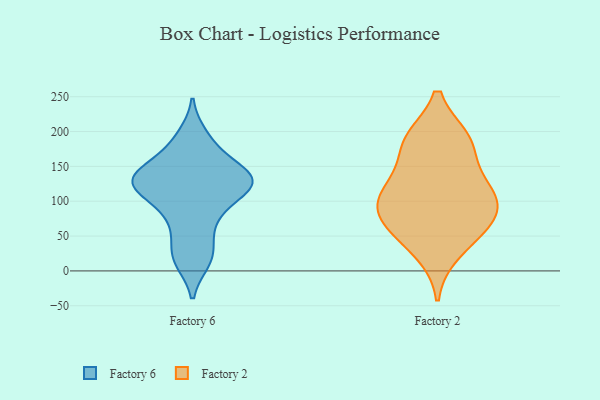
{"axis": {"x": "Conversion Rate (%)", "y": "Value"}, "legend": ["Factory 2", "Factory 6"], "data": [{"x": "", "y": 14, "type": "Factory 6"}, {"x": "", "y": 126, "type": "Factory 6"}, {"x": "", "y": 138, "type": "Factory 6"}, {"x": "", "y": 137, "type": "Factory 6"}, {"x": "", "y": 41, "type": "Factory 6"}, {"x": "", "y": 137, "type": "Factory 6"}, {"x": "", "y": 77, "type": "Factory 6"}, {"x": "", "y": 18, "type": "Factory 6"}, {"x": "", "y": 80, "type": "Factory 6"}, {"x": "", "y": 151, "type": "Factory 6"}, {"x": "", "y": 125, "type": "Factory 6"}, {"x": "", "y": 178, "type": "Factory 6"}, {"x": "", "y": 113, "type": "Factory 6"}, {"x": "", "y": 114, "type": "Factory 6"}, {"x": "", "y": 194, "type": "Factory 6"}, {"x": "", "y": 125, "type": "Factory 6"}, {"x": "", "y": 63, "type": "Factory 2"}, {"x": "", "y": 187, "type": "Factory 2"}, {"x": "", "y": 105, "type": "Factory 2"}, {"x": "", "y": 140, "type": "Factory 2"}, {"x": "", "y": 62, "type": "Factory 2"}, {"x": "", "y": 27, "type": "Factory 2"}, {"x": "", "y": 186, "type": "Factory 2"}, {"x": "", "y": 71, "type": "Factory 2"}, {"x": "", "y": 113, "type": "Factory 2"}, {"x": "", "y": 188, "type": "Factory 2"}, {"x": "", "y": 107, "type": "Factory 2"}, {"x": "", "y": 95, "type": "Factory 2"}]}